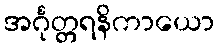
အင်္ဂုတ္တရနိကာယော